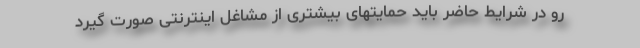
رو در شرایط حاضر باید حمایتهای بیشتری از مشاغل اینترنتی صورت گیرد